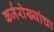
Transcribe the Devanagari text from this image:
कर्जरोख्यांचा